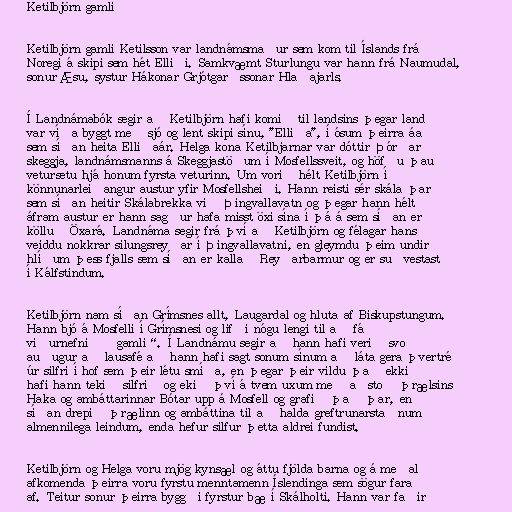
Ketilbjörn gamli

Ketilbjörn gamli Ketilsson var landnámsmaður sem kom til Íslands frá
Noregi á skipi sem hét Elliði. Samkvæmt Sturlungu var hann frá Naumudal,
sonur Æsu, systur Hákonar Grjótgarðssonar Hlaðajarls.

Í Landnámabók segir að Ketilbjörn hafi komið til landsins þegar land
var víða byggt með sjó og lent skipi sínu, "Elliða", í ósum þeirra áa
sem síðan heita Elliðaár. Helga kona Ketilbjarnar var dóttir Þórðar
skeggja, landnámsmanns á Skeggjastöðum í Mosfellssveit, og höfðu þau
vetursetu hjá honum fyrsta veturinn. Um vorið hélt Ketilbjörn í
könnunarleiðangur austur yfir Mosfellsheiði. Hann reisti sér skála þar
sem síðan heitir Skálabrekka við Þingvallavatn og þegar hann hélt
áfram austur er hann sagður hafa misst öxi sína í þá á sem síðan er
kölluð Öxará. Landnáma segir frá því að Ketilbjörn og félagar hans
veiddu nokkrar silungsreyðar í Þingvallavatni, en gleymdu þeim undir
hlíðum þess fjalls sem síðan er kallað Reyðarbarmur og er suðvestast
í Kálfstindum.

Ketilbjörn nam síðan Grímsnes allt, Laugardal og hluta af Biskupstungum.
Hann bjó á Mosfelli í Grímsnesi og lifði nógu lengi til að fá
viðurnefnið „gamli“. Í Landnámu segir að hann hafi verið svo
auðugur að lausafé að hann hafi sagt sonum sínum að láta gera þvertré
úr silfri í hof sem þeir létu smíða, en þegar þeir vildu það ekki
hafi hann tekið silfrið og ekið því á tvem uxum með aðstoð þrælsins
Haka og ambáttarinnar Bótar upp á Mosfell og grafið það þar, en
síðan drepið þrælinn og ambáttina til að halda greftrunarstaðnum
almennilega leindum, enda hefur silfur þetta aldrei fundist.

Ketilbjörn og Helga voru mjög kynsæl og áttu fjölda barna og á meðal
afkomenda þeirra voru fyrstu menntamenn Íslendinga sem sögur fara
af. Teitur sonur þeirra byggði fyrstur bæ í Skálholti. Hann var faðir